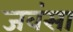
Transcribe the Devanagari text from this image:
जवंसा